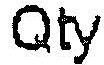
QTY